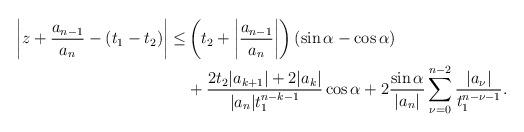
LaTeX: \begin{align*}\left|z+\dfrac{a_{n-1}}{a_n}-(t_1-t_2)\right|\leq&\left(t_2+\left|\dfrac{a_{n-1}}{a_n}\right|\right)(\sin\alpha-\cos\alpha)\\&+\dfrac{2t_2|a_{k+1}|+2|a_k|}{|a_n|t_1^{n-k-1}}\cos\alpha+2\dfrac{\sin\alpha}{|a_n|}\sum\limits_{\nu=0}^{n-2}\dfrac{|a_{\nu}|}{t_1^{n-\nu-1}}.\end{align*}